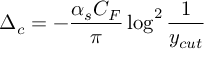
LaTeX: \Delta _ { c } = - \frac { \alpha _ { s } C _ { F } } { \pi } \log ^ { 2 } \frac { 1 } { y _ { c u t } }